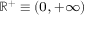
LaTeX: \scriptstyle \mathbb { R } ^ { + } \; \equiv \; \left( 0 , \, + \infty \right)